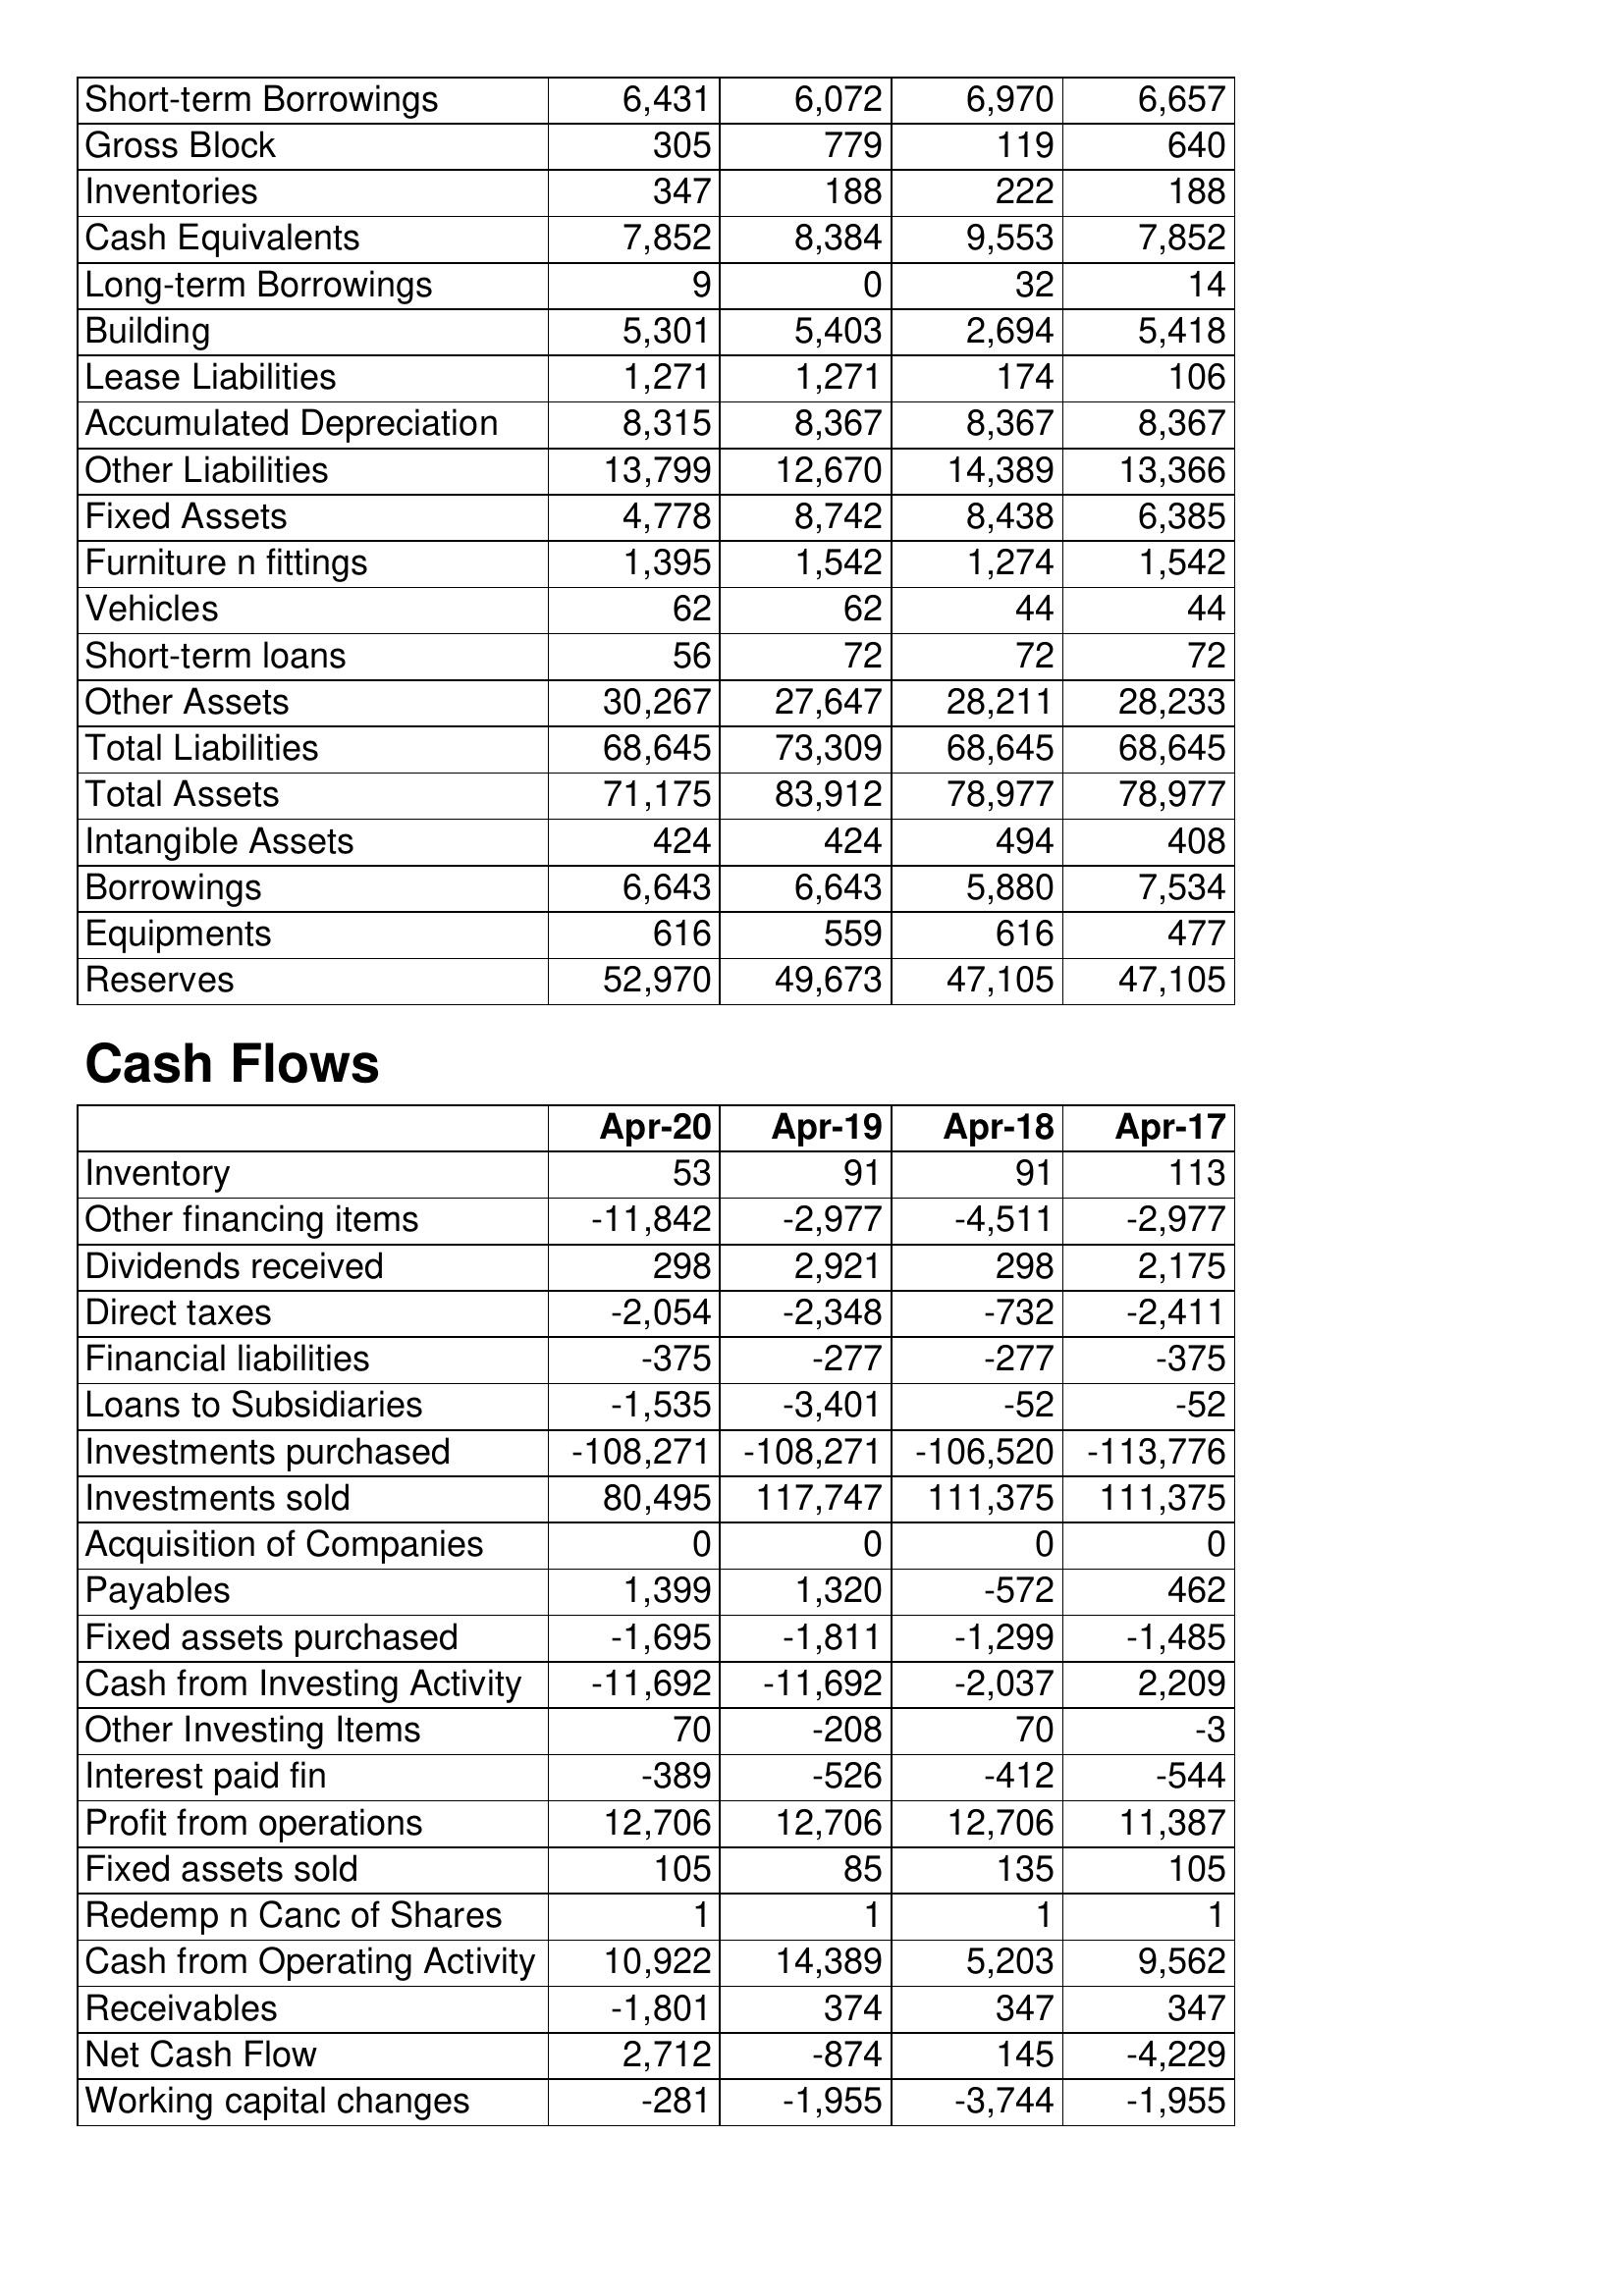
Apr-20: Balance Sheet: Short-term Borrowings: 6,431
Gross Block: 305
Inventories: 347
Cash Equivalents: 7,852
Long-term Borrowings: 9
Building: 5,301
Lease Liabilities: 1,271
Accumulated Depreciation: 8,315
Other Liabilities: 13,799
Fixed Assets: 4,778
Furniture n fittings: 1,395
Vehicles: 62
Short-term loans: 56
Other Assets: 30,267
Total Liabilities: 68,645
Total Assets: 71,175
Intangible Assets: 424
Borrowings: 6,643
Equipments: 616
Reserves: 52,970
Cash Flows: Inventory: 53
Other financing items: -11,842
Dividends received: 298
Direct taxes: -2,054
Financial liabilities: -375
Loans to Subsidiaries: -1,535
Investments purchased: -108,271
Investments sold: 80,495
Acquisition of Companies: 0
Payables: 1,399
Fixed assets purchased: -1,695
Cash from Investing Activity: -11,692
Other Investing Items: 70
Interest paid fin: -389
Profit from operations: 12,706
Fixed assets sold: 105
Redemp n Canc of Shares: 1
Cash from Operating Activity: 10,922
Receivables: -1,801
Net Cash Flow: 2,712
Working capital changes: -281
Apr-19: Balance Sheet: Short-term Borrowings: 6,072
Gross Block: 779
Inventories: 188
Cash Equivalents: 8,384
Long-term Borrowings: 0
Building: 5,403
Lease Liabilities: 1,271
Accumulated Depreciation: 8,367
Other Liabilities: 12,670
Fixed Assets: 8,742
Furniture n fittings: 1,542
Vehicles: 62
Short-term loans: 72
Other Assets: 27,647
Total Liabilities: 73,309
Total Assets: 83,912
Intangible Assets: 424
Borrowings: 6,643
Equipments: 559
Reserves: 49,673
Cash Flows: Inventory: 91
Other financing items: -2,977
Dividends received: 2,921
Direct taxes: -2,348
Financial liabilities: -277
Loans to Subsidiaries: -3,401
Investments purchased: -108,271
Investments sold: 117,747
Acquisition of Companies: 0
Payables: 1,320
Fixed assets purchased: -1,811
Cash from Investing Activity: -11,692
Other Investing Items: -208
Interest paid fin: -526
Profit from operations: 12,706
Fixed assets sold: 85
Redemp n Canc of Shares: 1
Cash from Operating Activity: 14,389
Receivables: 374
Net Cash Flow: -874
Working capital changes: -1,955
Apr-18: Balance Sheet: Short-term Borrowings: 6,970
Gross Block: 119
Inventories: 222
Cash Equivalents: 9,553
Long-term Borrowings: 32
Building: 2,694
Lease Liabilities: 174
Accumulated Depreciation: 8,367
Other Liabilities: 14,389
Fixed Assets: 8,438
Furniture n fittings: 1,274
Vehicles: 44
Short-term loans: 72
Other Assets: 28,211
Total Liabilities: 68,645
Total Assets: 78,977
Intangible Assets: 494
Borrowings: 5,880
Equipments: 616
Reserves: 47,105
Cash Flows: Inventory: 91
Other financing items: -4,511
Dividends received: 298
Direct taxes: -732
Financial liabilities: -277
Loans to Subsidiaries: -52
Investments purchased: -106,520
Investments sold: 111,375
Acquisition of Companies: 0
Payables: -572
Fixed assets purchased: -1,299
Cash from Investing Activity: -2,037
Other Investing Items: 70
Interest paid fin: -412
Profit from operations: 12,706
Fixed assets sold: 135
Redemp n Canc of Shares: 1
Cash from Operating Activity: 5,203
Receivables: 347
Net Cash Flow: 145
Working capital changes: -3,744
Apr-17: Balance Sheet: Short-term Borrowings: 6,657
Gross Block: 640
Inventories: 188
Cash Equivalents: 7,852
Long-term Borrowings: 14
Building: 5,418
Lease Liabilities: 106
Accumulated Depreciation: 8,367
Other Liabilities: 13,366
Fixed Assets: 6,385
Furniture n fittings: 1,542
Vehicles: 44
Short-term loans: 72
Other Assets: 28,233
Total Liabilities: 68,645
Total Assets: 78,977
Intangible Assets: 408
Borrowings: 7,534
Equipments: 477
Reserves: 47,105
Cash Flows: Inventory: 113
Other financing items: -2,977
Dividends received: 2,175
Direct taxes: -2,411
Financial liabilities: -375
Loans to Subsidiaries: -52
Investments purchased: -113,776
Investments sold: 111,375
Acquisition of Companies: 0
Payables: 462
Fixed assets purchased: -1,485
Cash from Investing Activity: 2,209
Other Investing Items: -3
Interest paid fin: -544
Profit from operations: 11,387
Fixed assets sold: 105
Redemp n Canc of Shares: 1
Cash from Operating Activity: 9,562
Receivables: 347
Net Cash Flow: -4,229
Working capital changes: -1,955